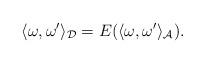
LaTeX: \begin{gather*}\langle\omega, \omega'\rangle_{\mathcal D}=E(\langle\omega,\omega'\rangle_{\mathcal A}).\end{gather*}